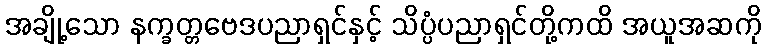
အချို့သော နက္ခတ္တဗေဒပညာရှင်နှင့် သိပ္ပံပညာရှင်တို့ကထိ အယူအဆကို